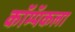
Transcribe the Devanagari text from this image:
कॉम्पॅकला